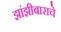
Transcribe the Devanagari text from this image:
झांझीबाराचे